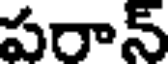
పరాన్